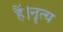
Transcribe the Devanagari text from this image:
हैं।नॄत्य